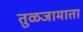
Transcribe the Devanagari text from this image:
तुळजामाता